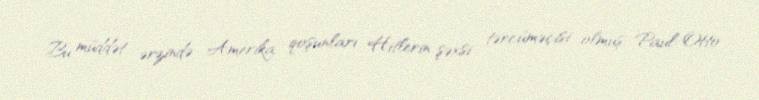
Bu müddət ərzində Amerika qoşunları Hitlerin şəxsi tərcüməçisi olmuş Paul-Otto